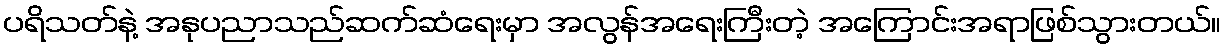
ပရိသတ်နဲ့ အနုပညာသည်ဆက်ဆံရေးမှာ အလွန်အရေးကြီးတဲ့ အကြောင်းအရာဖြစ်သွားတယ်။